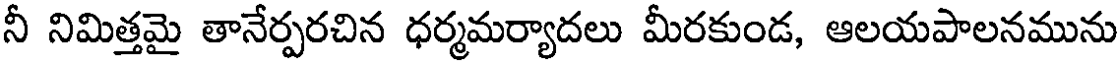
నీ నిమిత్తమై తానేర్పరచిన ధర్మమర్యాదలు మీరకుండ, ఆలయపాలనమును